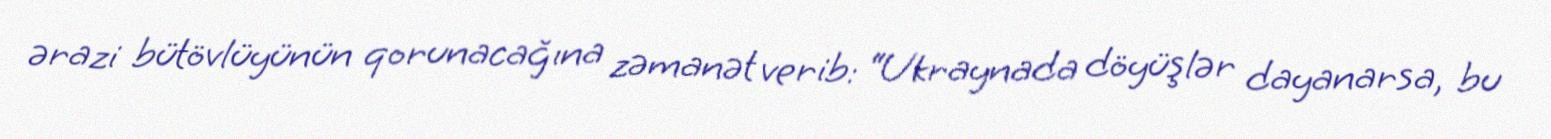
ərazi bütövlüyünün qorunacağına zəmanət verib: “Ukraynada döyüşlər dayanarsa, bu